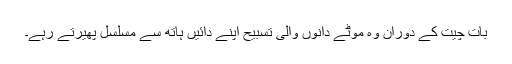
بات چیت کے دوران وہ موٹے دانوں والی تسبیح اپنے دائیں ہاتھ سے مسلسل پھیرتے رہے۔